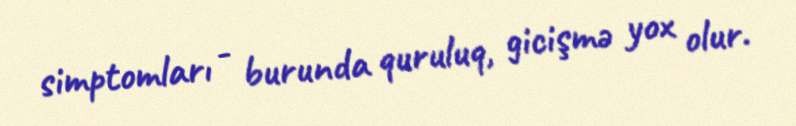
simptomları - burunda quruluq, gicişmə yox olur.